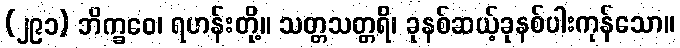
(၂၉၁) ဘိက္ခဝေ၊ ရဟန်းတို့။ သတ္တသတ္တရိ၊ ခုနစ်ဆယ့်ခုနစ်ပါးကုန်သော။